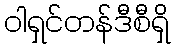
ဝါရှင်တန်ဒီစီရှိ